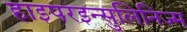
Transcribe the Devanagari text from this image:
हाइपरइन्सुलिनिज्म